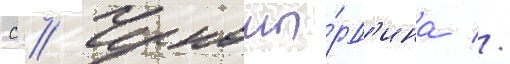
С // Черномы́рд'ина //